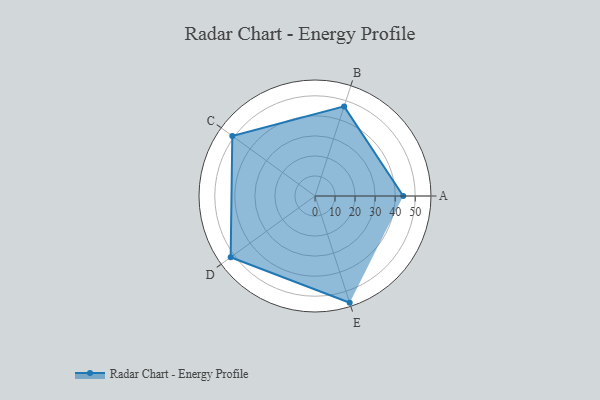
{"axis": {"x": "Skill", "y": "Score"}, "legend": ["Profile"], "data": [{"x": "A", "y": 44.0, "type": "Profile"}, {"x": "B", "y": 47.0, "type": "Profile"}, {"x": "C", "y": 51.0, "type": "Profile"}, {"x": "D", "y": 52.0, "type": "Profile"}, {"x": "E", "y": 56.0, "type": "Profile"}]}